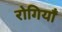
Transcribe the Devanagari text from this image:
रोगियाँ